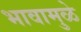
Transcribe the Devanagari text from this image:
भावामुळे